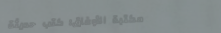
مكتبة الأوفاق: كتب حديثة